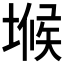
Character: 𭏒